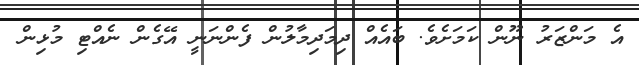
އެ މަންޒަރު ނޫން ކަމަށެވެ. ބައެއް ދިމަދިމާލުން ފެންނަނީ އޭގެން ނެއްޓި މުޅިން